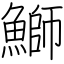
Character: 鰤